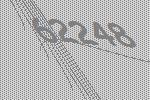
62248